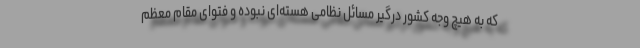
که به هیچ وجه کشور درگیر مسائل نظامی هسته‌ای نبوده و فتوای مقام معظم